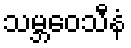
သမ္ဘဝေသီနံ